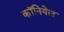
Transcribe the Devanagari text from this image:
कॉनियेल